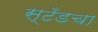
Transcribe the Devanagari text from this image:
स्टँडचा